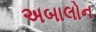
અબાલોન